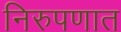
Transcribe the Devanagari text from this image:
निरुपणात